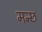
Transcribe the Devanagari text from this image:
मन्छ